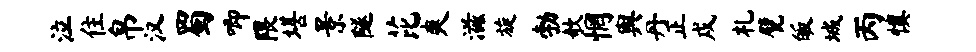
泣住帛汉蜀唧隈堪景隧芘爽滋旋勃欹惘舆丹正戍札甓皈城丙慎